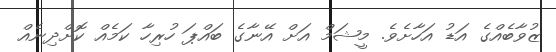
ޒުވާބެއްގެ އަޑު އަހާށެވެ. މީޝަމް އަށް އޭނާގެ ބައްޕަ ހުރިހާ ކަމެއް ކޮށްދިނެއް